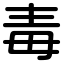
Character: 毒